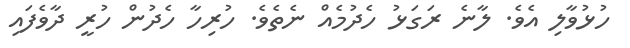
ހުޅުވާލި އެވެ. ލާނެ ރަގަޅު ހެދުމެއް ނެތެވެ. ހުރިހާ ހެދުން ހުރީ ދާވެފައި